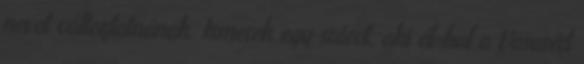
nevet változtatnának. Ismerek egy srácot, aki él-hal a Vasasért